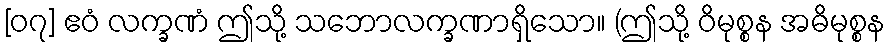
[၀၇] ဧဝံ လက္ခဏံ ဤသို့ သဘောလက္ခဏာရှိသော။ (ဤသို့ ဝိမုစ္စန အဓိမုစ္စန